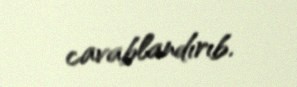
cavablandırıb.